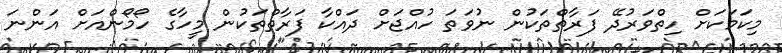
މިކަމަކަށް ހިތްވަރުދޭ ފަރާތްތަކުން ނުވަތަ ހުއްޖަށް ދައްކާ ފަރާތްތަކުން މީހާގެ ހޯމޯންއަށް އަންނަ